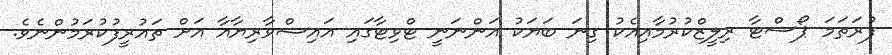
ފުރަތަމަ ޕޯސްޓާ ރިލީޒްކުރުމާއިއެކު ގިނަ ބަޔަކު އަންނަނީ ޓްވިޓާގައި އައިޝްވާރިޔާއާ އަށް ތައުރީފުކުރަމުންނެވެ.